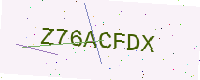
Text: Z76ACFDX